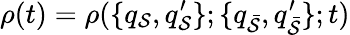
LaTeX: \rho(t)=\rho(\{ q_{\mathcal{S}},q_{\mathcal{S}}^{\prime}\} ;\{ q_{\bar{{\mathcal{S}}}},q_{\bar{{\mathcal{S}}}}^{\prime}\} ;t)